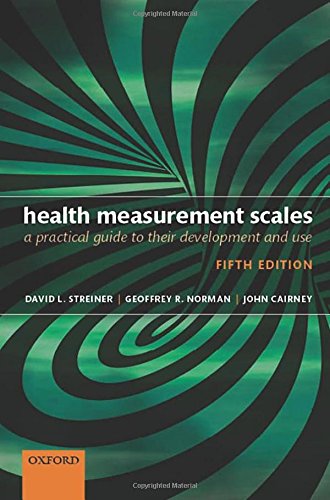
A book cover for Health Measurement Scales: A practical guide to their development and use; David L. Streiner; Medical Books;